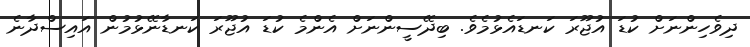
ދިވެހިންނަށް ކުޑަ އުޖޫރަ ކަނޑައެޅުމެވެ. ބިދޭސީންނަށް އެންމެ ކުޑަ އުޖޫރަ ކަނޑާނޭޅުމުން އައިސްދާނެ